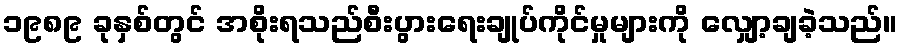
၁၉၈၉ ခုနှစ်တွင် အစိုးရသည်စီးပွားရေးချုပ်ကိုင်မှုများကို လျှော့ချခဲ့သည်။